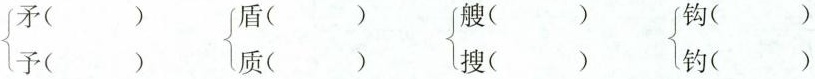
\left\{\begin{matrix}矛() \\予()\end{matrix}\right. \left\{\begin{matrix}盾() \\质()\end{matrix}\right.\left\{\begin{matrix}艘() \\搜()\end{matrix}\right. \left\{\begin{matrix}钩() \\钓() \end{matrix}\right.